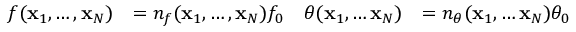
\begin{array} { r l r l } { f ( \mathbf { x } _ { 1 } , \ldots , \mathbf { x } _ { N } ) } & { = n _ { f } ( \mathbf { x } _ { 1 } , \ldots , \mathbf { x } _ { N } ) f _ { 0 } } & { \theta ( \mathbf { x } _ { 1 } , \ldots \mathbf { x } _ { N } ) } & { = n _ { \theta } ( \mathbf { x } _ { 1 } , \ldots \mathbf { x } _ { N } ) \theta _ { 0 } } \end{array}